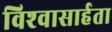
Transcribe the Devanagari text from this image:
विश्‍वासार्हता